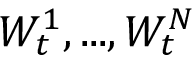
W _ { t } ^ { 1 } , . . . , W _ { t } ^ { N }